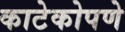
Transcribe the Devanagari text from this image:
काटेकोपणे